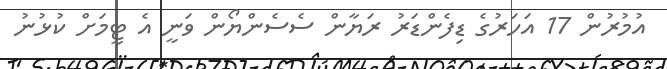
އުމުރުން 17 އަހަރުގެ ޑިފެންޑަރު ރަޔާން ސެސެންޔޯން ވަނީ އެ ޓީމަށް ކުޅުނު